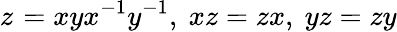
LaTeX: z_{}^{}=xyx^{-1}y^{-1},\ xz=zx,\ yz=zy